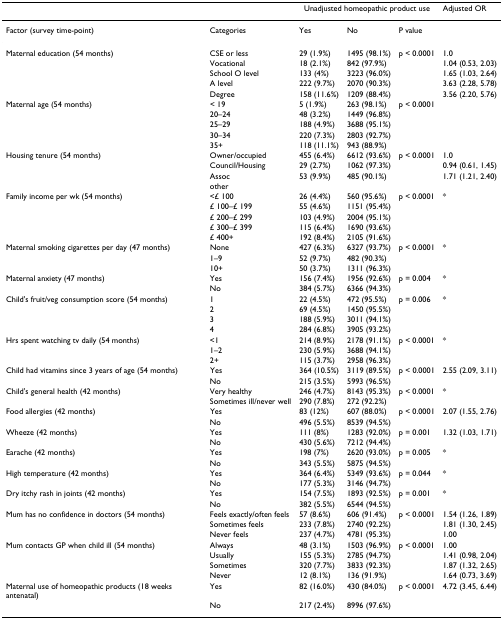
<table><thead><tr><td></td><td></td><td colspan="3"><b>Unadjusted homeopathic product use</b></td><td><b>Adjusted OR</b></td></tr></thead><tbody><tr><td>Factor (survey time-point)</td><td>Categories</td><td>Yes</td><td>No</td><td>P value</td><td></td></tr><tr><td>Maternal education (54 months)</td><td>CSE or less</td><td>29 (1.9%)</td><td>1495 (98.1%)</td><td>p &lt; 0.0001</td><td>1.0</td></tr><tr><td></td><td>Vocational</td><td>18 (2.1%)</td><td>842 (97.9%)</td><td></td><td>1.04 (0.53, 2.03)</td></tr><tr><td></td><td>School O level</td><td>133 (4%)</td><td>3223 (96.0%)</td><td></td><td>1.65 (1.03, 2.64)</td></tr><tr><td></td><td>A level</td><td>222 (9.7%)</td><td>2070 (90.3%)</td><td></td><td>3.63 (2.28, 5.78)</td></tr><tr><td></td><td>Degree</td><td>158 (11.6%)</td><td>1209 (88.4%)</td><td></td><td>3.56 (2.20, 5.76)</td></tr><tr><td>Maternal age (54 months)</td><td>&lt; 19</td><td>5 (1.9%)</td><td>263 (98.1%)</td><td>p &lt; 0.0001</td><td></td></tr><tr><td></td><td>20–24</td><td>48 (3.2%)</td><td>1449 (96.8%)</td><td></td><td></td></tr><tr><td></td><td>25–29</td><td>188 (4.9%)</td><td>3688 (95.1%)</td><td></td><td></td></tr><tr><td></td><td>30–34</td><td>220 (7.3%)</td><td>2803 (92.7%)</td><td></td><td></td></tr><tr><td></td><td>35+</td><td>118 (11.1%)</td><td>943 (88.9%)</td><td></td><td></td></tr><tr><td>Housing tenure (54 months)</td><td>Owner/occupied</td><td>455 (6.4%)</td><td>6612 (93.6%)</td><td>p &lt; 0.0001</td><td>1.0</td></tr><tr><td></td><td>Council/Housing</td><td>29 (2.7%)</td><td>1062 (97.3%)</td><td></td><td>0.94 (0.61, 1.45)</td></tr><tr><td></td><td>Assoc</td><td>53 (9.9%)</td><td>485 (90.1%)</td><td></td><td>1.71 (1.21, 2.40)</td></tr><tr><td></td><td>other</td><td></td><td></td><td></td><td></td></tr><tr><td>Family income per wk (54 months)</td><td>&lt;£ 100</td><td>26 (4.4%)</td><td>560 (95.6%)</td><td>p &lt; 0.0001</td><td>*</td></tr><tr><td></td><td>£ 100–£ 199</td><td>55 (4.6%)</td><td>1151 (95.4%)</td><td></td><td></td></tr><tr><td></td><td>£ 200–£ 299</td><td>103 (4.9%)</td><td>2004 (95.1%)</td><td></td><td></td></tr><tr><td></td><td>£ 300–£ 399</td><td>115 (6.4%)</td><td>1690 (93.6%)</td><td></td><td></td></tr><tr><td></td><td>£ 400+</td><td>192 (8.4%)</td><td>2105 (91.6%)</td><td></td><td></td></tr><tr><td>Maternal smoking cigarettes per day (47 months)</td><td>None</td><td>427 (6.3%)</td><td>6327 (93.7%)</td><td>p &lt; 0.0001</td><td>*</td></tr><tr><td></td><td>1–9</td><td>52 (9.7%)</td><td>482 (90.3%)</td><td></td><td></td></tr><tr><td></td><td>10+</td><td>50 (3.7%)</td><td>1311 (96.3%)</td><td></td><td></td></tr><tr><td>Maternal anxiety (47 months)</td><td>Yes</td><td>156 (7.4%)</td><td>1956 (92.6%)</td><td>p = 0.004</td><td>*</td></tr><tr><td></td><td>No</td><td>384 (5.7%)</td><td>6366 (94.3%)</td><td></td><td></td></tr><tr><td>Child&#x27;s fruit/veg consumption score (54 months)</td><td>1</td><td>22 (4.5%)</td><td>472 (95.5%)</td><td>p = 0.006</td><td>*</td></tr><tr><td></td><td>2</td><td>69 (4.5%)</td><td>1450 (95.5%)</td><td></td><td></td></tr><tr><td></td><td>3</td><td>188 (5.9%)</td><td>3011 (94.1%)</td><td></td><td></td></tr><tr><td></td><td>4</td><td>284 (6.8%)</td><td>3905 (93.2%)</td><td></td><td></td></tr><tr><td>Hrs spent watching tv daily (54 months)</td><td>&lt;1</td><td>214 (8.9%)</td><td>2178 (91.1%)</td><td>p &lt; 0.0001</td><td>*</td></tr><tr><td></td><td>1–2</td><td>230 (5.9%)</td><td>3688 (94.1%)</td><td></td><td></td></tr><tr><td></td><td>2+</td><td>115 (3.7%)</td><td>2958 (96.3%)</td><td></td><td></td></tr><tr><td>Child had vitamins since 3 years of age (54 months)</td><td>Yes</td><td>364 (10.5%)</td><td>3119 (89.5%)</td><td>p &lt; 0.0001</td><td>2.55 (2.09, 3.11)</td></tr><tr><td></td><td>No</td><td>215 (3.5%)</td><td>5993 (96.5%)</td><td></td><td></td></tr><tr><td>Child&#x27;s general health (42 months)</td><td>Very healthy</td><td>246 (4.7%)</td><td>8143 (95.3%)</td><td>p &lt; 0.0001</td><td>*</td></tr><tr><td></td><td>Sometimes ill/never well</td><td>290 (7.8%)</td><td>272 (92.2%)</td><td></td><td></td></tr><tr><td>Food allergies (42 months)</td><td>Yes</td><td>83 (12%)</td><td>607 (88.0%)</td><td>p &lt; 0.0001</td><td>2.07 (1.55, 2.76)</td></tr><tr><td></td><td>No</td><td>496 (5.5%)</td><td>8539 (94.5%)</td><td></td><td></td></tr><tr><td>Wheeze (42 months)</td><td>Yes</td><td>111 (8%)</td><td>1283 (92.0%)</td><td>p = 0.001</td><td>1.32 (1.03, 1.71)</td></tr><tr><td></td><td>No</td><td>430 (5.6%)</td><td>7212 (94.4%)</td><td></td><td></td></tr><tr><td>Earache (42 months)</td><td>Yes</td><td>198 (7%)</td><td>2620 (93.0%)</td><td>p = 0.005</td><td>*</td></tr><tr><td></td><td>No</td><td>343 (5.5%)</td><td>5875 (94.5%)</td><td></td><td></td></tr><tr><td>High temperature (42 months)</td><td>Yes</td><td>364 (6.4%)</td><td>5349 (93.6%)</td><td>p = 0.044</td><td>*</td></tr><tr><td></td><td>No</td><td>177 (5.3%)</td><td>3146 (94.7%)</td><td></td><td></td></tr><tr><td>Dry itchy rash in joints (42 months)</td><td>Yes</td><td>154 (7.5%)</td><td>1893 (92.5%)</td><td>p = 0.001</td><td>*</td></tr><tr><td></td><td>No</td><td>382 (5.5%)</td><td>6544 (94.5%)</td><td></td><td></td></tr><tr><td>Mum has no confidence in doctors (54 months)</td><td>Feels exactly/often feels</td><td>57 (8.6%)</td><td>606 (91.4%)</td><td>p &lt; 0.0001</td><td>1.54 (1.26, 1.89)</td></tr><tr><td></td><td>Sometimes feels</td><td>233 (7.8%)</td><td>2740 (92.2%)</td><td></td><td>1.81 (1.30, 2.45)</td></tr><tr><td></td><td>Never feels</td><td>237 (4.7%)</td><td>4781 (95.3%)</td><td></td><td>1.00</td></tr><tr><td>Mum contacts GP when child ill (54 months)</td><td>Always</td><td>48 (3.1%)</td><td>1503 (96.9%)</td><td>p &lt; 0.0001</td><td>1.00</td></tr><tr><td></td><td>Usually</td><td>155 (5.3%)</td><td>2785 (94.7%)</td><td></td><td>1.41 (0.98, 2.04)</td></tr><tr><td></td><td>Sometimes</td><td>320 (7.7%)</td><td>3833 (92.3%)</td><td></td><td>1.87 (1.32, 2.65)</td></tr><tr><td></td><td>Never</td><td>12 (8.1%)</td><td>136 (91.9%)</td><td></td><td>1.64 (0.73, 3.69)</td></tr><tr><td>Maternal use of homeopathic products (18 weeks antenatal)</td><td>Yes</td><td>82 (16.0%)</td><td>430 (84.0%)</td><td>p &lt; 0.0001</td><td>4.72 (3.45, 6.44)</td></tr><tr><td></td><td>No</td><td>217 (2.4%)</td><td>8996 (97.6%)</td><td></td><td></td></tr></tbody></table>